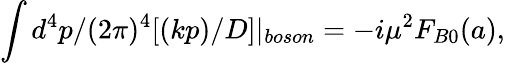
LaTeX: \int d^{4}p/(2\pi)^{4}[(kp)/D]|_{boson}=-i\mu^{2}F_{B0}(a),